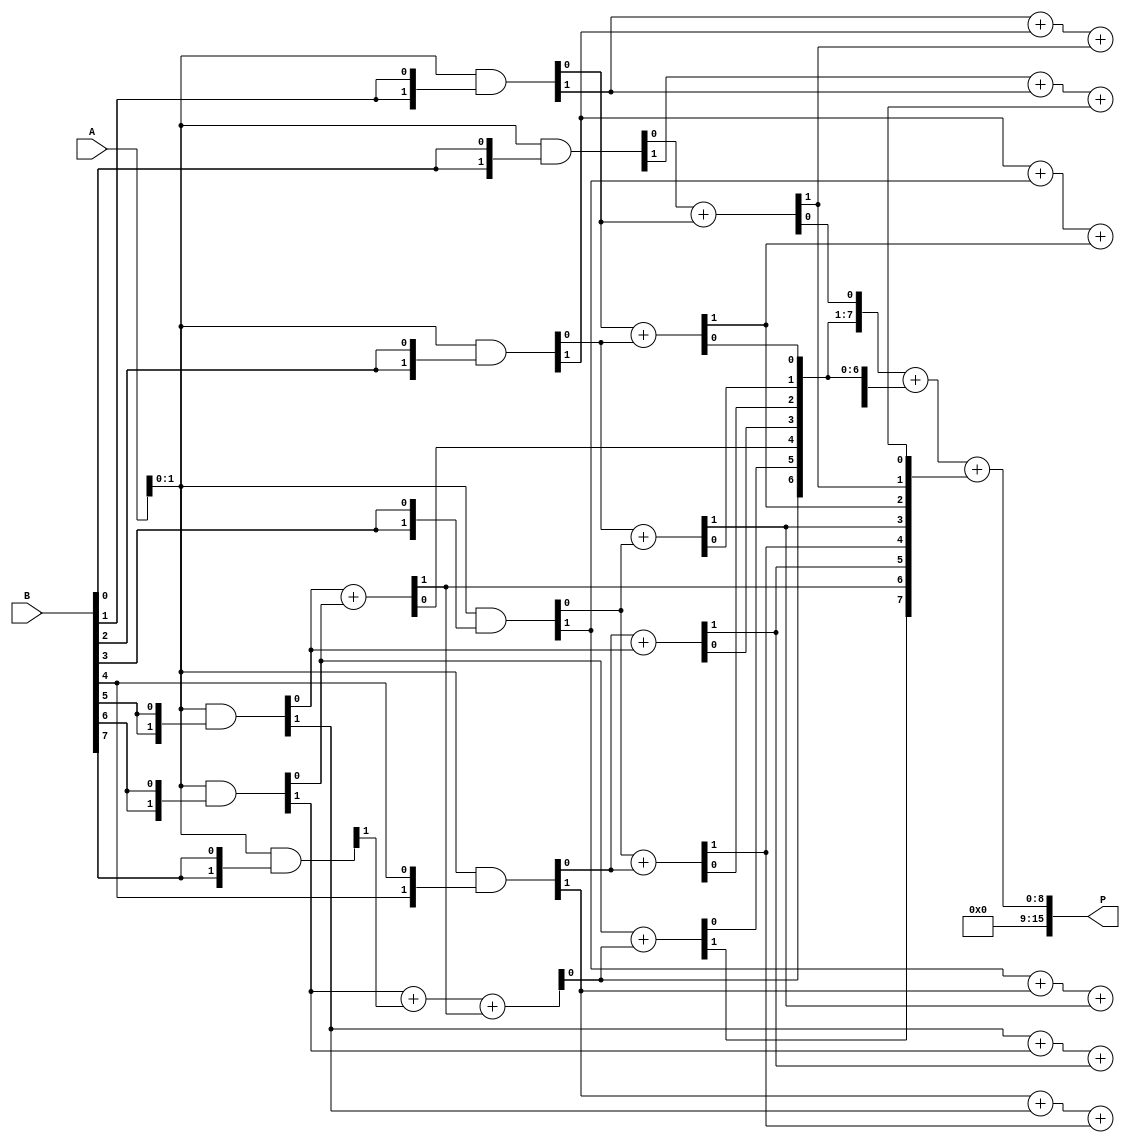
module WallaceTreeMultiplier #(parameter N = 8) (
    input  [N-1:0] A, // First multiplicand
    input  [N-1:0] B, // Second multiplicand
    output [2*N-1:0] P // Product of A and B
);
    wire [N-1:0] pp[N-1:0]; // Partial products
    wire [2*N-1:0] sum_stage1 [N:0]; // Intermediate sums for Wallace tree
    wire [N:0] carry_stage1 [N:0]; // Carry bits for Wallace tree
    wire [N-1:0] final_sum; // Final sum
    wire final_carry; // Final carry

    // Generate Partial Products
    genvar i, j;
    generate
        for (i = 0; i < N; i = i + 1) begin : partial_products
            assign pp[i] = A & {N{B[i]}};
        end
    endgenerate

    // Wallace Tree Reduction
    // Stage 1: Combine partial products using HAs and FAs
    // We will need to combine the partial products in groups
    // Here we will just do a simple reduction for demonstration
    // You can expand this to more levels depending on N

    // First stage of reduction
    for (i = 0; i < N; i = i + 1) begin : stage1
        if (i < N-1) begin
            // Use Half Adder for the first two bits
            assign {carry_stage1[0][i+1], sum_stage1[0][i]} = pp[i][0] + pp[i+1][0];
            assign {carry_stage1[0][i+1], sum_stage1[0][i+1]} = pp[i][1] + pp[i+1][1] + carry_stage1[0][i];
        end else begin
            assign sum_stage1[0][i] = pp[i][0];
        end
    end

    // Final stage: Sum the last two rows
    // This can be done using a simple adder
    assign {final_carry, final_sum} = sum_stage1[0][N-1:0] + sum_stage1[0][N:1] + carry_stage1[0][N-1:0];

    // Final Product
    assign P = {final_carry, final_sum};

endmodule